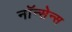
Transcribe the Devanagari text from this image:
नॉन्सेन्स